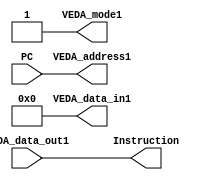
// Aditya Pratap Singh - 200053
// Siddheshwari Ramesh Madavi - 211036

module Instruction_Fetch (PC, VEDA_data_out1, VEDA_mode1, VEDA_address1, VEDA_data_in1, Instruction);
	input wire [31:0] PC, VEDA_data_out1;
	output wire VEDA_mode1;
	output wire [31:0] VEDA_address1, VEDA_data_in1, Instruction;
	
	assign Instruction = VEDA_data_out1;
	assign VEDA_address1 = PC;
	assign VEDA_data_in1 = 1'b0;
	assign VEDA_mode1 = 1'b1;		// read mode

endmodule